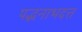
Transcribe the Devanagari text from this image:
पद्भनाभदत्त